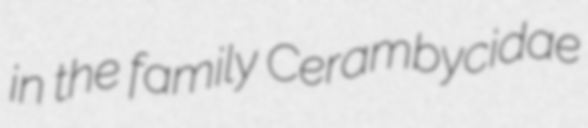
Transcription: in the family Cerambycidae